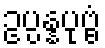
ဥပ္ပန္နပုဗ္ဗံ